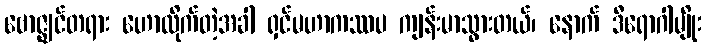
ဗောဇ္ဈင်တရား ဟောလိုက်တဲ့အခါ ရှင်မဟာကဿပ ကျန်းမာသွားတယ်၊ နောက် ဒီရောဂါမျိုး